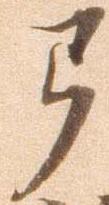
弓